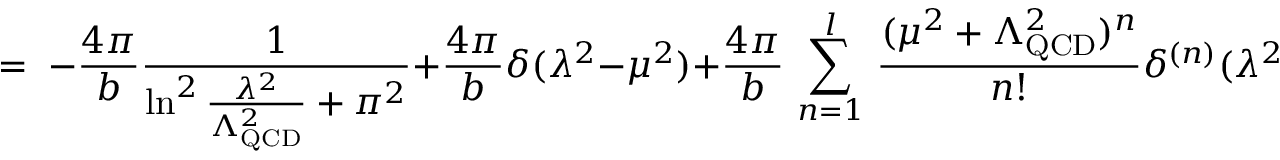
= \; - \frac { 4 \pi } { b } \frac { 1 } { \ln ^ { 2 } { \frac { \lambda ^ { 2 } } { \Lambda _ { \mathrm { Q C D } } ^ { 2 } } } + \pi ^ { 2 } } + \frac { 4 \pi } { b } \delta ( \lambda ^ { 2 } - \mu ^ { 2 } ) + \frac { 4 \pi } { b } \, \sum _ { n = 1 } ^ { l } \, \frac { ( \mu ^ { 2 } + \Lambda _ { \mathrm { Q C D } } ^ { 2 } ) ^ { n } } { n ! } \delta ^ { ( n ) } ( \lambda ^ { 2 } - \mu ^ { 2 } ) \; .